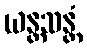
ယန္တသန္တံ